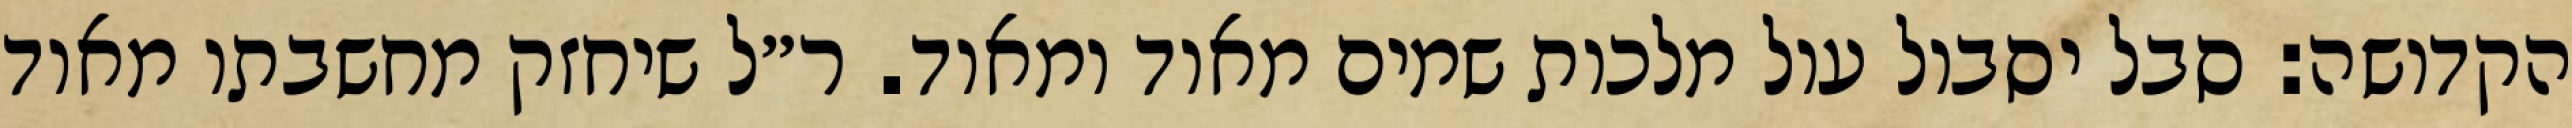
הקדושה: סבל יסבול עול מלכות שמים מאוד ומאוד. ר״ל שיחזק מחשבתו מאוד